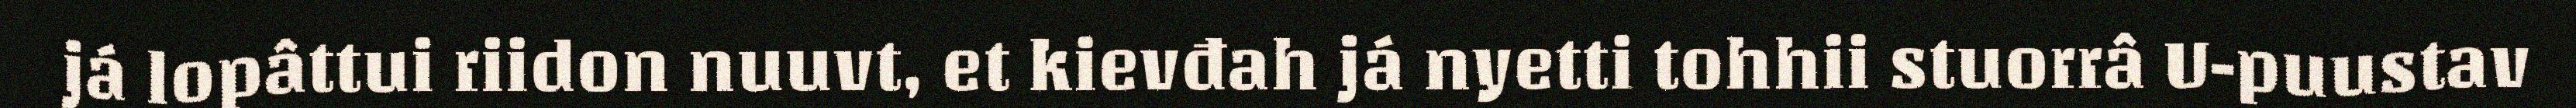
já lopâttui riidon nuuvt, et kievđah já nyetti tohhii stuorrâ U-puustav